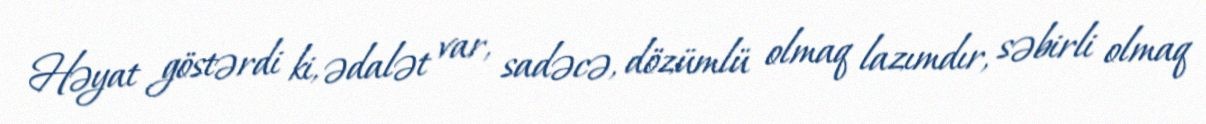
Həyat göstərdi ki, ədalət var, sadəcə, dözümlü olmaq lazımdır, səbirli olmaq